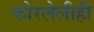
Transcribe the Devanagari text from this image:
कोरलेलीही